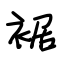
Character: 裾